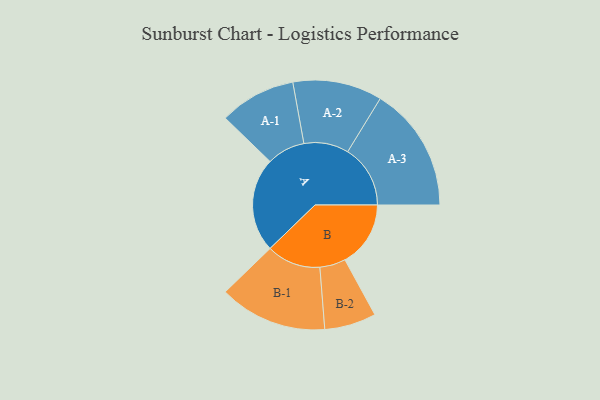
{"axis": {"x": "Segment", "y": "Value"}, "legend": ["", "A", "B"], "data": [{"x": "A", "y": 405, "type": ""}, {"x": "B", "y": 282, "type": ""}, {"x": "A-1", "y": 164, "type": "A"}, {"x": "A-2", "y": 192, "type": "A"}, {"x": "A-3", "y": 269, "type": "A"}, {"x": "B-1", "y": 232, "type": "B"}, {"x": "B-2", "y": 111, "type": "B"}]}